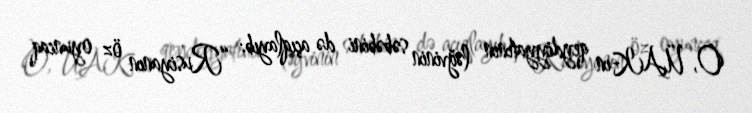
O, ÜAK-ın qeydiyyatının ləğvinin səbəbini də açıqlayıb: “Rusiyanın öz oyuncaq